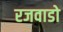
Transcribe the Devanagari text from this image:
रजवाडो